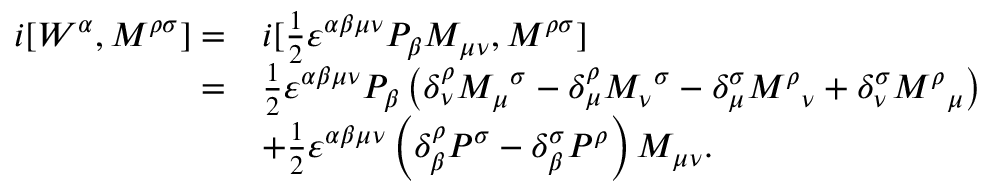
\begin{array} { r l } { i [ { W ^ { \alpha } } , { M ^ { \rho \sigma } } ] = } & { i [ \frac { 1 } { 2 } { \varepsilon ^ { \alpha \beta \mu \nu } } { P _ { \beta } } { M _ { \mu \nu } } , { M ^ { \rho \sigma } } ] } \\ { = } & { \frac { 1 } { 2 } { \varepsilon ^ { \alpha \beta \mu \nu } } { P _ { \beta } } \left( { \delta _ { \nu } ^ { \rho } { M _ { \mu } } ^ { \sigma } - \delta _ { \mu } ^ { \rho } { M _ { \nu } } ^ { \sigma } - \delta _ { \mu } ^ { \sigma } { M ^ { \rho } } _ { \nu } + \delta _ { \nu } ^ { \sigma } { M ^ { \rho } } _ { \mu } } \right) } \\ & { + \frac { 1 } { 2 } { \varepsilon ^ { \alpha \beta \mu \nu } } \left( { \delta _ { \beta } ^ { \rho } { P ^ { \sigma } } - \delta _ { \beta } ^ { \sigma } { P ^ { \rho } } } \right) M _ { \mu \nu } . } \end{array}